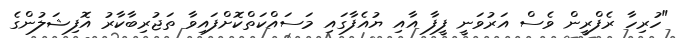
"ހުރިހާ ރެފްރީން ވެސް އަރުވަނީ ފީފާ އާއި ޔުއެފާގައި މަސައްކަތްކޮށްފައިވާ ތަޖުރިބާކާރު އޮފިޝަލުންގެ